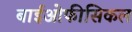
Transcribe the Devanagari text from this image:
बाईओफीसिकल